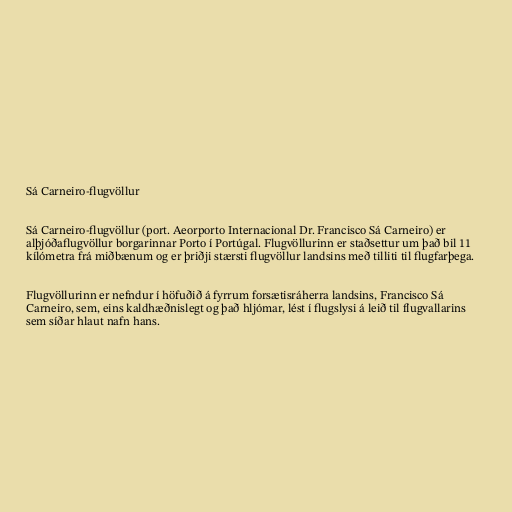
Sá Carneiro-flugvöllur

Sá Carneiro-flugvöllur (port. Aeorporto Internacional Dr. Francisco Sá Carneiro) er
alþjóðaflugvöllur borgarinnar Porto í Portúgal. Flugvöllurinn er staðsettur um það bil 11
kílómetra frá miðbænum og er þriðji stærsti flugvöllur landsins með tilliti til flugfarþega.

Flugvöllurinn er nefndur í höfuðið á fyrrum forsætisráherra landsins, Francisco Sá
Carneiro, sem, eins kaldhæðnislegt og það hljómar, lést í flugslysi á leið til flugvallarins
sem síðar hlaut nafn hans.